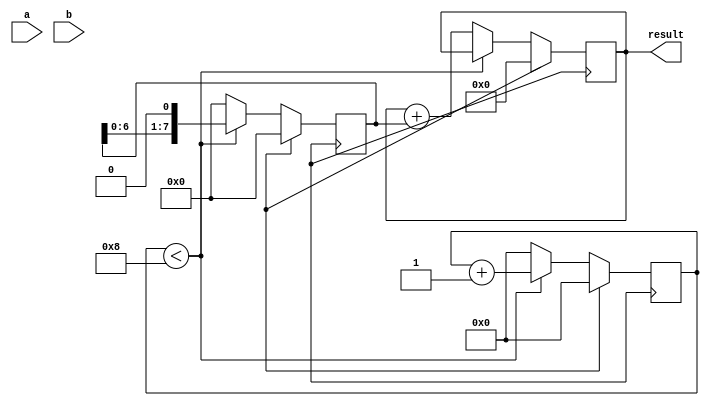
module shift_add_multiplier(
    input wire [7:0] a,
    input wire [7:0] b,
    output reg [15:0] result
);

reg [7:0] partial_product;
reg [3:0] shift_counter;

always @(posedge clk) begin
    if (reset) begin
        result <= 16'b0;
        partial_product <= 8'b0;
        shift_counter <= 4'b0;
    end else begin
        // Shift-and-Add algorithm
        if (shift_counter < 8) begin
            partial_product <= {partial_product[6:0], 1'b0};
            shift_counter <= shift_counter + 1;
        end else begin
            result <= result + partial_product;
            partial_product <= 8'b0;
            shift_counter <= 4'b0;
        end
    end
end

endmodule